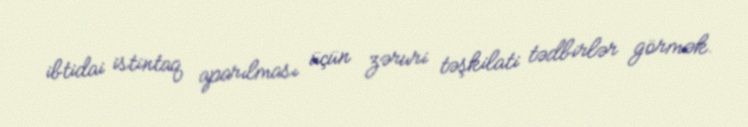
ibtidai istintaq aparılması üçün zəruri təşkilati tədbirlər görmək.